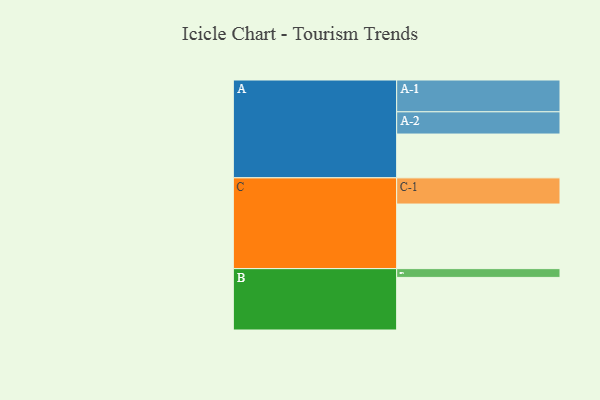
{"axis": {"x": "Segment", "y": "Value"}, "legend": ["", "A", "B", "C"], "data": [{"x": "A", "y": 365, "type": ""}, {"x": "B", "y": 438, "type": ""}, {"x": "C", "y": 538, "type": ""}, {"x": "A-1", "y": 265, "type": "A"}, {"x": "A-2", "y": 185, "type": "A"}, {"x": "B-1", "y": 73, "type": "B"}, {"x": "C-1", "y": 218, "type": "C"}]}